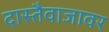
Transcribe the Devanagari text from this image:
दास्तैवाजावर